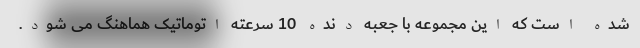
شده است که این مجموعه با جعبه دنده 10 سرعته اتوماتیک هماهنگ می شود.